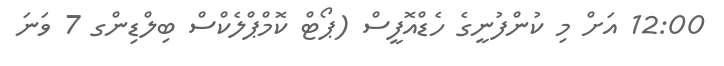
12:00 އަށް މި ކުންފުނީގެ ހެޑްއޮފީސް (ޕޯޓް ކޮމްޕްލެކްސް ބިލްޑިންގ 7 ވަނަ